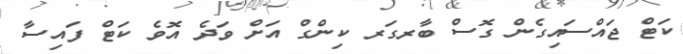
ކަޓް ޖައްސައިގެން ގޮސް ބާރގަރ ކިންގް އަށް ވަދެ އޮވެ ކަޓް ފައިސާ